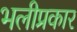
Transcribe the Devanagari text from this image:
भलीप्रकार